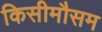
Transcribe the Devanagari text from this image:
किसीमौसम